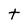
Character: t